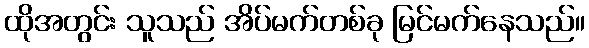
ထိုအတွင်း သူသည် အိပ်မက်တစ်ခု မြင်မက်နေသည်။